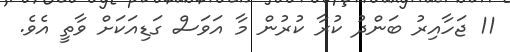
11 ޖަހާއިރު ބަންދު ކުރާ ކުރުން މާ އަވަސް ގަޑިއަކަށް ވާތީ އެވެ.